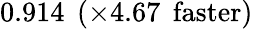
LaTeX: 0.914\: \: (\times 4.67\: \: \mathrm{faster})